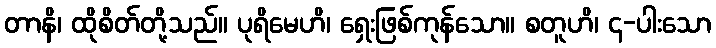
တာနိ၊ ထိုစိတ်တို့သည်။ ပုရိမေဟိ၊ ရှေးဖြစ်ကုန်သော။ စတူဟိ၊ ၄-ပါးသော